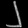
Digit: ၂